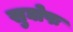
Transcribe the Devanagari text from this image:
सुघोषः